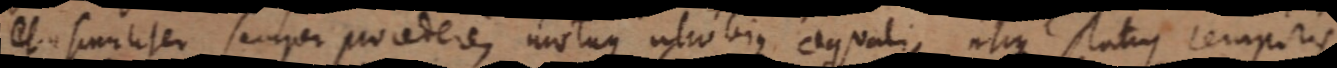
et similiter semper procedere, motuque utrobique aequali utrique status temporis